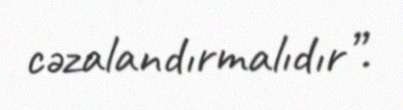
cəzalandırmalıdır”.